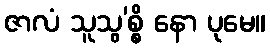
ဇာလံ သူသွ’စ္စိ နော ပုမေ။